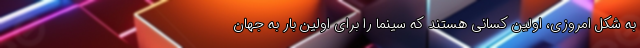
به شکل امروزی، اولین کسانی هستند که سینما را برای اولین بار به جهان